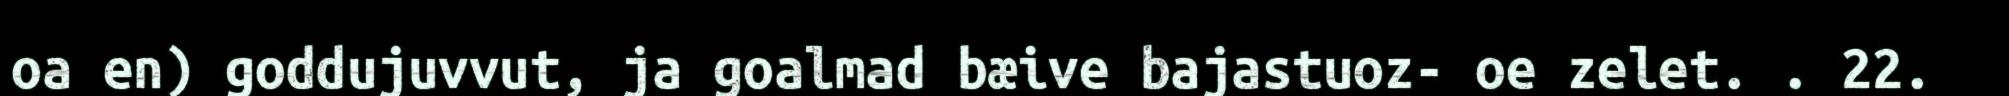
oa en) goddujuvvut, ja goalmad bæive bajastuoz- oe zelet. . 22.